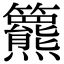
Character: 𥷾